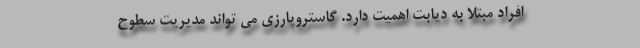
افراد مبتلا به دیابت اهمیت دارد. گاستروپارزی می تواند مدیریت سطوح